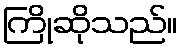
ကြိုဆိုသည်။